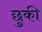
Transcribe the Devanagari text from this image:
छुकी